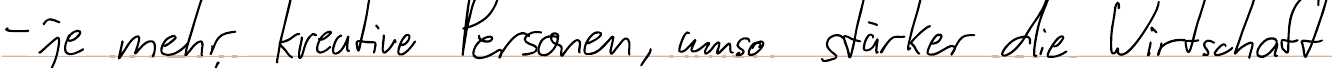
- je mehr kreative Personen, umso stärker die Wirtschaft